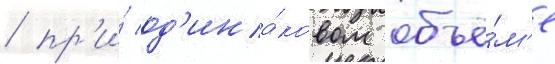
/ пр'и́ од'ина́ковом объё́м'е